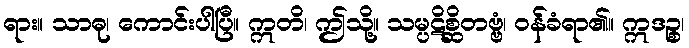
ရား။ သာဓု၊ ကောင်းပါပြီ။ ဣတိ၊ ဤသို့။ သမ္ပဋိစ္ဆိတဗ္ဗံ၊ ဝန်ခံရာ၏။ ဣဒဉ္စ၊